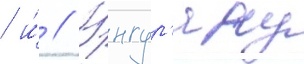
/ и́ // Унгур'яну